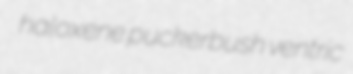
haloxene puckerbush ventric